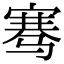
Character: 骞